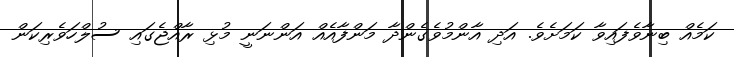
ކަމެއް ބިނާވެފައިވާ ކަމަށެވެ. އަދި އާންމުވެގެންދާ މަންފާއެއް އަންނަނީ މުޅި ރާއްޖެގައި ސުލްހަވެރިކަން